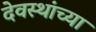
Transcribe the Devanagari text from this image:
देवस्थांच्या